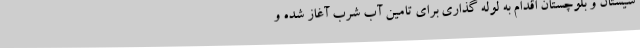
سیستان و بلوچستان اقدام به لوله گذاری برای تامین آب شرب آغاز شده و